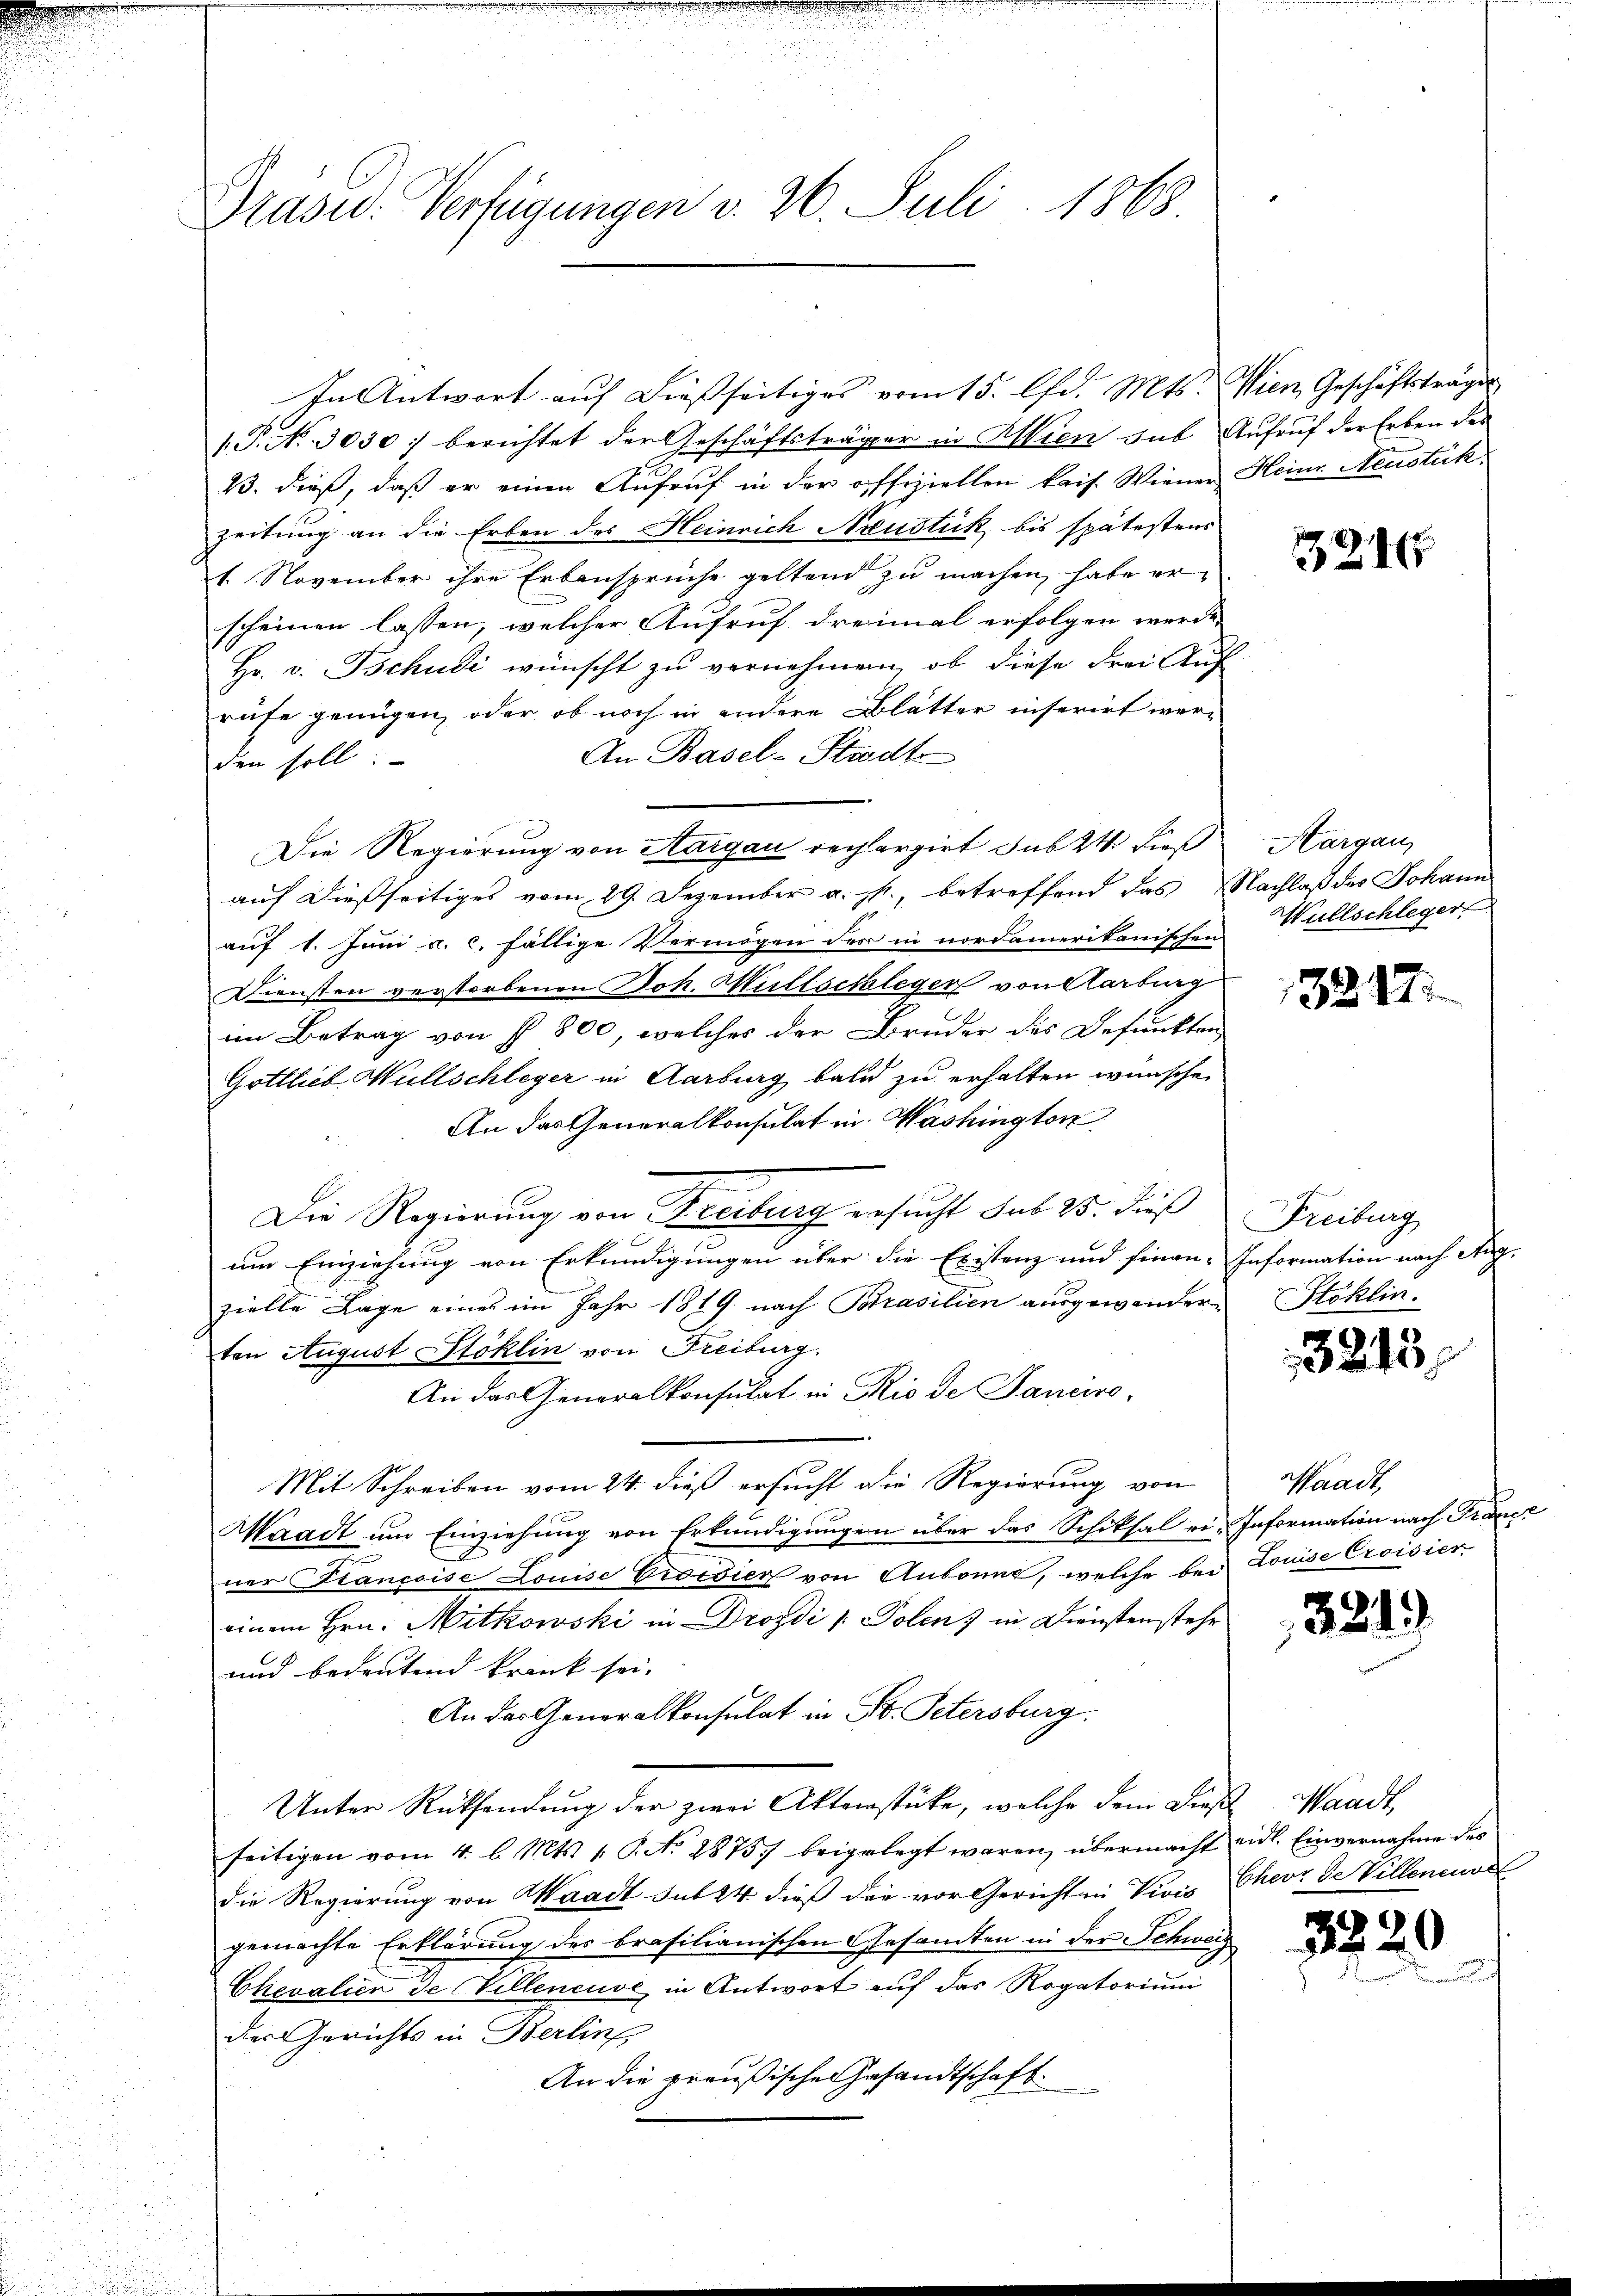
Präsid. Verfügungen v. 26. Juli 1868

In Antwort auf dießseitiges vom 15. lfd. Mts. Wien, Geschäftsträge
[P. Nr. 3030 berichtet der Geschäftsträger in Wien sub Aufruf der Erben des
23. dieß, daß er einen Aufruf in der offiziellen kais. Wiener Heine Neustük
zeitung an die Erben des Heinrich Neustick bis spätestens
1. November ihre Erbansprüche geltend zu machen, habe er
scheinen lassen, welcher Aufruf dreimal erfolgen werde,
Hr. v. Tschudi wünscht zu vernehmen, ob diese drei Auf
rufe genügen, oder ob noch in andere Blätter inserirt wer¬
An Basel-Stadt
den soll:
Die Regierung von Aargau rechargirt sub 24 dieß
auf dießseitiges vom 29. Dezember a. p., betreffend das Nachlaß des Johann
auf 1. Juni a. c. fällige Vermögen des in nordamerikanischen
Diensten verstorbenen Joh. Millschleger von Karbung
im Betrag von § 800, welches der Bruder des Befunkten
Gottlieb Wüllschleger in Aarburg bald zu erhalten wünsche
An das Generalkonsulat in Washington
Die Regierung von Freiburg ersucht sub 25. dieß Freiburg
um Einziehung von Erkundigungen über die Existenz und finan-Information nach Aug.
zielle Lage eines im Jahr 1819. nach Brasilien ausgewanderten August Stoklin von Freiburg.
An das Generalkonsulat in Rio de Tancire¬
Mit Schreiben vom 24. dieß ersucht die Regierung von
Waadt um Einziehung von Erkundigungen über das Schiksal ei- Information nach Frauer
ner Francoise Louise Grotdien von Aubonne, welche bei Louise Croisier
einem Hrn. Mitkowski in Drosdi /: Polen) in Dienstenstehe
und bedeutend krank sei,
An der Generalkonsulat in St. Petersburg.
Unter Rücksendung der zwei Aktenstücke, welche dem Diese Waadt,
seitigen vom 4. l. Mts. 1. P. No 1875 beigelegt waren, übermacht eid. Einvernahme der
die Regierung von Waadt sub 24 dieß der vor Gerichten Vivis Cherr de Villeneuve
gemachte Erklärung des brasilianischen Gesamten in der Schweiz
Chevalien de Villeneuve in Antwort auf das Rogatorium
der Gerichts in Berlin
An die preußische Gesandtschaft

3216

Hargau,
Wüllschleger

13287.

Stoklin.

3213

Waadt,

3219

3220